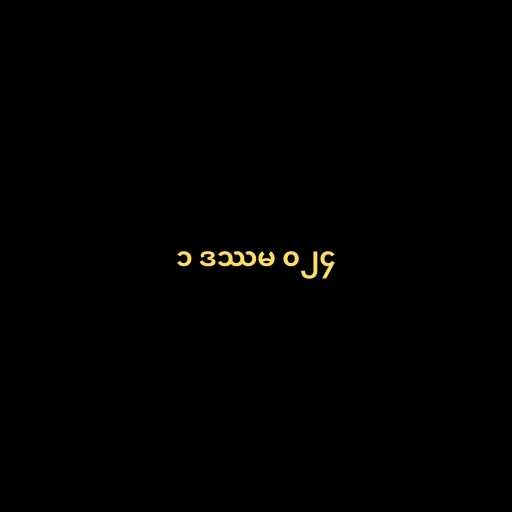
၁ ဒဿမ ၀၂၄